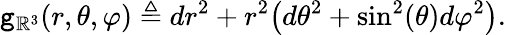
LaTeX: \mathtt{g}_{\mathbb{R}^{3}}(r,\theta,\varphi)\triangleq dr^{2}+r^{2}\big(d\theta^{2}+\sin^{2}(\theta)d\varphi^{2}\big).